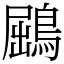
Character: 鶌